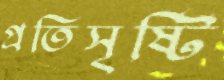
প্রতিসৃষ্টি